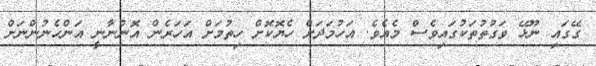
ގޭގައި ނޫޅޭ ވަގުތުތަކުގައިވެސް މެއެވެ. އަހުމަދަށް ހެޔޮކޮށް ހިތުމަށް އަހަރެން އޮންނާނީ އަންހެނުންނަށް